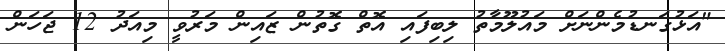
"އަޅުގަނޑުމެންނަށް މައުލޫމާތު ލިބިފައި އޮތް ގޮތުން ޒައިން މަރުވީ މިއަދު 12 ޖަހަން